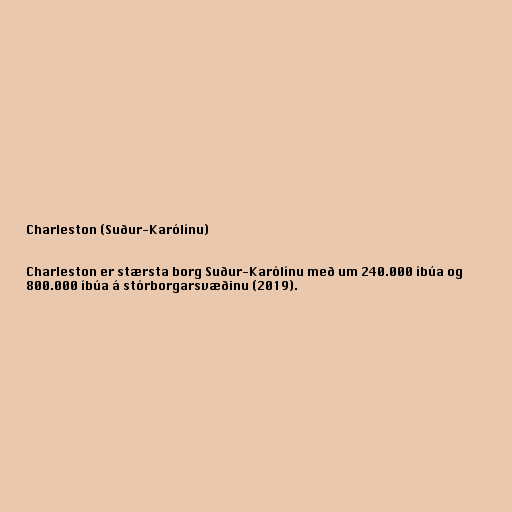
Charleston (Suður-Karólínu)

Charleston er stærsta borg Suður-Karólínu með um 240.000 íbúa og
800.000 íbúa á stórborgarsvæðinu (2019).